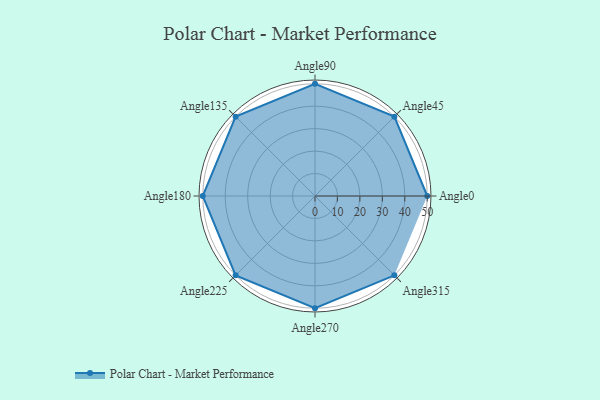
{"axis": {"x": "Angle", "y": "Radius"}, "legend": [""], "data": [{"x": "Angle0", "y": 50, "type": ""}, {"x": "Angle45", "y": 50, "type": ""}, {"x": "Angle90", "y": 50, "type": ""}, {"x": "Angle135", "y": 50, "type": ""}, {"x": "Angle180", "y": 50, "type": ""}, {"x": "Angle225", "y": 50, "type": ""}, {"x": "Angle270", "y": 50, "type": ""}, {"x": "Angle315", "y": 50, "type": ""}]}